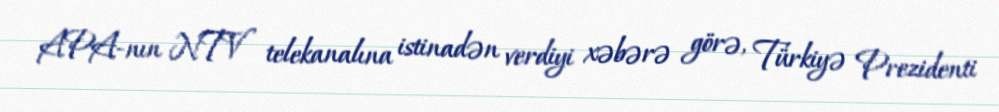
APA-nın NTV telekanalına istinadən verdiyi xəbərə görə, Türkiyə Prezidenti